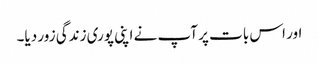
اور اس بات پر آپ نے اپنی پوری زندگی زور دیا۔